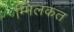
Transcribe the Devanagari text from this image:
म्मिलकत